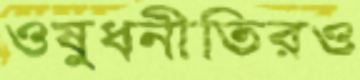
ওষুধনীতিরও